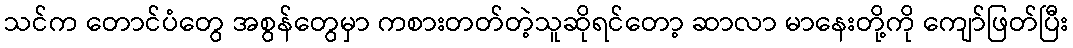
သင်က တောင်ပံတွေ အစွန်တွေမှာ ကစားတတ်တဲ့သူဆိုရင်တော့ ဆာလာ မာနေးတို့ကို ကျော်ဖြတ်ပြီး